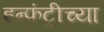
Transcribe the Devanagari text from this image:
इन्फंट्रीच्या